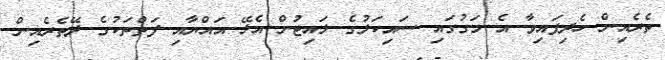
ތެރެއިން ހެދިފައިވާ އެ މަގުގައި ސައިކަލުގެ ލައިޓުން އެޅޭ އައްޔާއި ފަތްތަކުގެ ދޭތެރެއިން